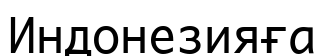
Индонезияға